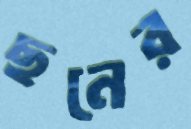
ছনের